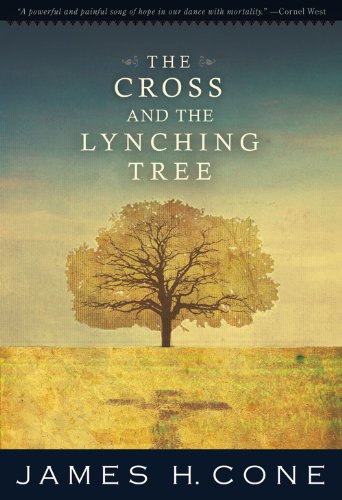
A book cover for The Cross and the Lynching Tree; James H. Cone; History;